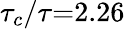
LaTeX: {\tau_{c}}/\tau\mathrm{{=}}2.26